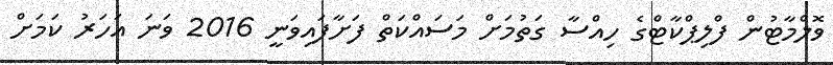
ވޮލްމާޓުން ފްލިޕްކާޓްގެ ހިއްސާ ގަތުމަށް މަސައްކަތް ފަށާފައިވަނީ 2016 ވަނަ އަހަރު ކަމަށް